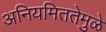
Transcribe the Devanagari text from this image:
अनियमिततेमुळे